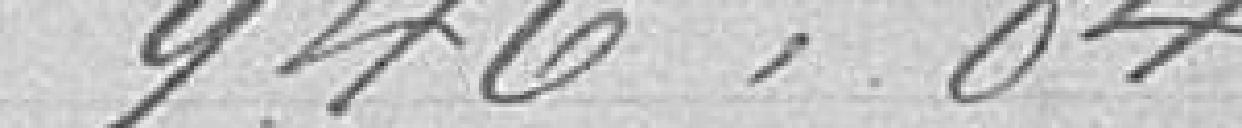
946,84